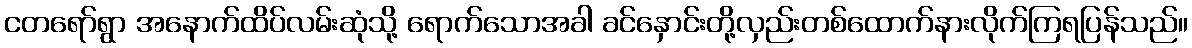
ငတရော်ရွာ အနောက်ထိပ်လမ်းဆုံသို့ ရောက်သောအခါ ခင်နှောင်းတို့လှည်းတစ်ထောက်နားလိုက်ကြရပြန်သည်။